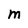
Character: M